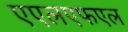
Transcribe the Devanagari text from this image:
एएलएफएल